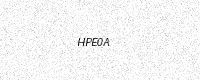
Text: HPE0A